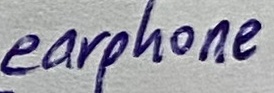
Text: earphone